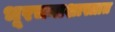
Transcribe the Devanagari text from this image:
भूरचनाशास्त्रात